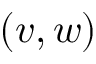
( v , w )